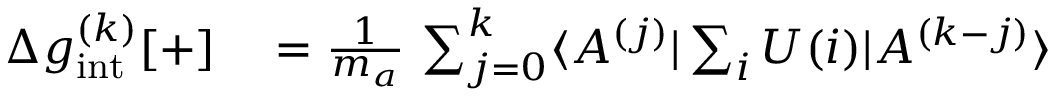
\begin{array} { r l } { \Delta g _ { \mathrm { i n t } } ^ { ( k ) } [ + ] } & { { } = \frac { 1 } { m _ { a } } \, \sum _ { j = 0 } ^ { k } \langle A ^ { ( j ) } | \sum _ { i } U ( i ) | A ^ { ( k - j ) } \rangle } \end{array}